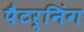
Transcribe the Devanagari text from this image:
पैटर्निंग